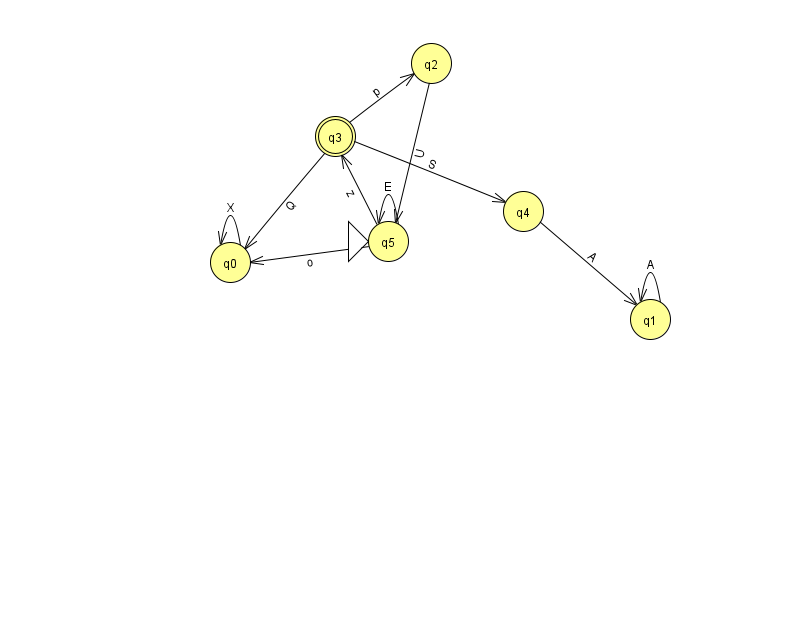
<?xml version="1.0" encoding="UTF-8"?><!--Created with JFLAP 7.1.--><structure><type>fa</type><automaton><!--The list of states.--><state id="0" name="q0"><x>230.0</x><y>249.0</y></state><state id="1" name="q1"><x>650.0</x><y>306.0</y></state><state id="2" name="q2"><x>431.0</x><y>50.0</y></state><state id="3" name="q3"><x>335.0</x><y>123.0</y><final/></state><state id="4" name="q4"><x>523.0</x><y>198.0</y></state><state id="5" name="q5"><x>388.0</x><y>228.0</y><initial/></state><!--The list of transitions.--><transition><from>1</from><to>1</to><read>A</read></transition><transition><from>5</from><to>3</to><read>z</read></transition><transition><from>3</from><to>0</to><read>Q</read></transition><transition><from>2</from><to>5</to><read>U</read></transition><transition><from>4</from><to>1</to><read>A</read></transition><transition><from>5</from><to>5</to><read>E</read></transition><transition><from>5</from><to>0</to><read>o</read></transition><transition><from>0</from><to>0</to><read>X</read></transition><transition><from>3</from><to>4</to><read>S</read></transition><transition><from>3</from><to>2</to><read>p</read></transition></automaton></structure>